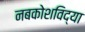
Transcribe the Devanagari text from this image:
नबकोशविद्या